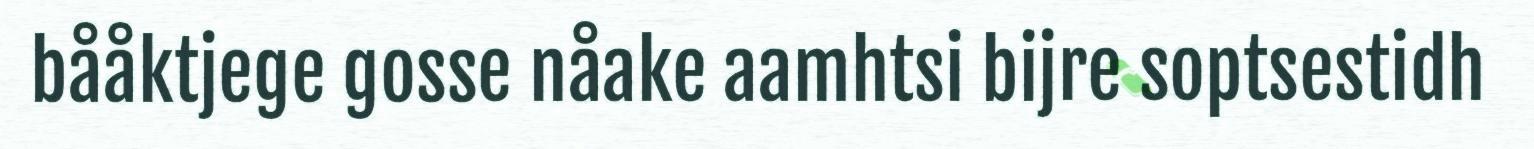
bååktjege gosse nåake aamhtsi bijre soptsestidh